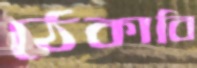
ঠেকাবি